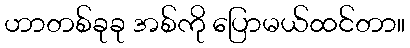
ဟာတစ်ခုခု အစ်ကို ပြောမယ်ထင်တာ။